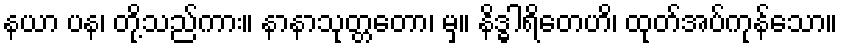
နယာ ပန၊ တို့သည်ကား။ နာနာသုတ္တတော၊ မှ။ နိဒ္ဓါရိတေဟိ၊ ထုတ်အပ်ကုန်သော။